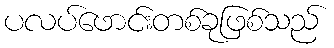
ပလပ်ဖောင်းတစ်ခုဖြစ်သည်